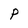
Character: P